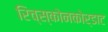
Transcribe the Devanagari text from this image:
रिच्स्कोनकोर्डाट